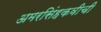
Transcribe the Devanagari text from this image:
अमरसिंहकवीची